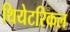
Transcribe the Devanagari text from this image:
थियेटरिकल